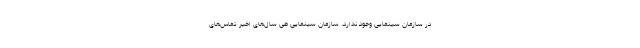
در سازمان سینمایی وجود ندارد. سازمان سینمایی طی سال‌های اخیر تماس‌های